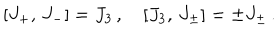
\left[ J _ { + } , \, J _ { - } \right] = J _ { 3 } \, , \quad \left[ J _ { 3 } , \, J _ { \pm } \right] = \pm J _ { \pm } \, .